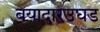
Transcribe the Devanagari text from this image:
बयादारउघड